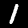
Digit: 1